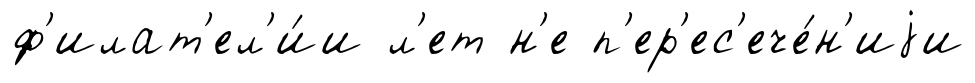
ф'илат'ел'и́и л'ет н'е п'ер'ес'ече́н'иjи